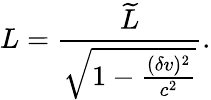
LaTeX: L=\frac{{\widetilde{L}}}{\sqrt{1-\frac{(\delta v)^{2}}{c^{2}}}}.